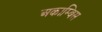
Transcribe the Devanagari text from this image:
अकाम्बिस